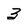
Character: 3